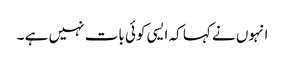
انہوں نے کہا کہ ایسی کوئی بات نہیں ہے ۔